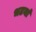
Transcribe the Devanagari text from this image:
भटयां